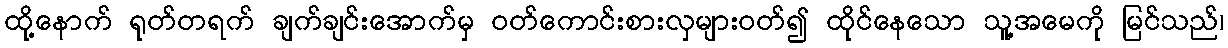
ထို့နောက် ရုတ်တရက် ချက်ချင်းအောက်မှ ဝတ်ကောင်းစားလှများဝတ်၍ ထိုင်နေသော သူ့အမေကို မြင်သည်၊